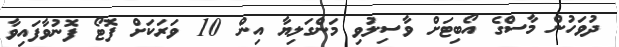
ދުވަހުން މާސްގެ އޯބިޓަށް ވާސިލުވި މަންގަލިޔާ އިން 10 ވަރަކަށް ފޮޓޯ ފޮނުވާފައިވާ